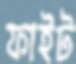
ফাইট